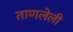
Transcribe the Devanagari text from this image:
ताणलेली